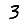
Digit: 3